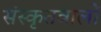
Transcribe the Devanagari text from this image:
संस्कृतवालों